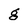
Character: g